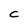
Character: C